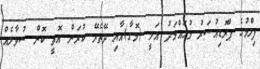
ފިލްމުގެ ޕްރޮޑިއުސަރު މުހައްމަދު އަލީ (މޮގާ)އާއި ދޭތެރޭ ކުރަން އޮތީ ކޮން ސުވާލެއް